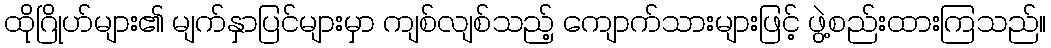
ထိုဂြိုဟ်များ၏ မျက်နှာပြင်များမှာ ကျစ်လျစ်သည့် ကျောက်သားများဖြင့် ဖွဲ့စည်းထားကြသည်။